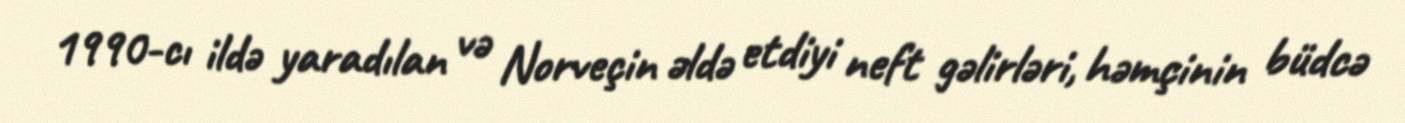
1990-cı ildə yaradılan və Norveçin əldə etdiyi neft gəlirləri, həmçinin büdcə